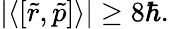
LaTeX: \left|\langle[{\tilde{r}},{\tilde{p}}]\rangle\right|\geq 8\hbar.